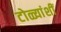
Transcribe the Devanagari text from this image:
टोळ्यांशीं